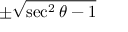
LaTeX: \pm { \sqrt { \sec ^ { 2 } \theta - 1 } }